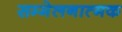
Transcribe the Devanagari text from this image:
सम्मेलनात्मक